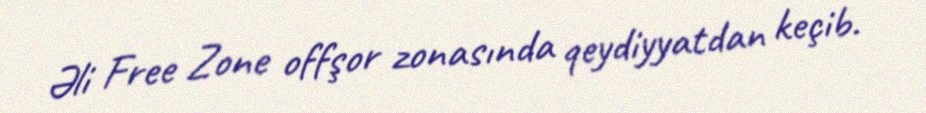
Əli Free Zone offşor zonasında qeydiyyatdan keçib.